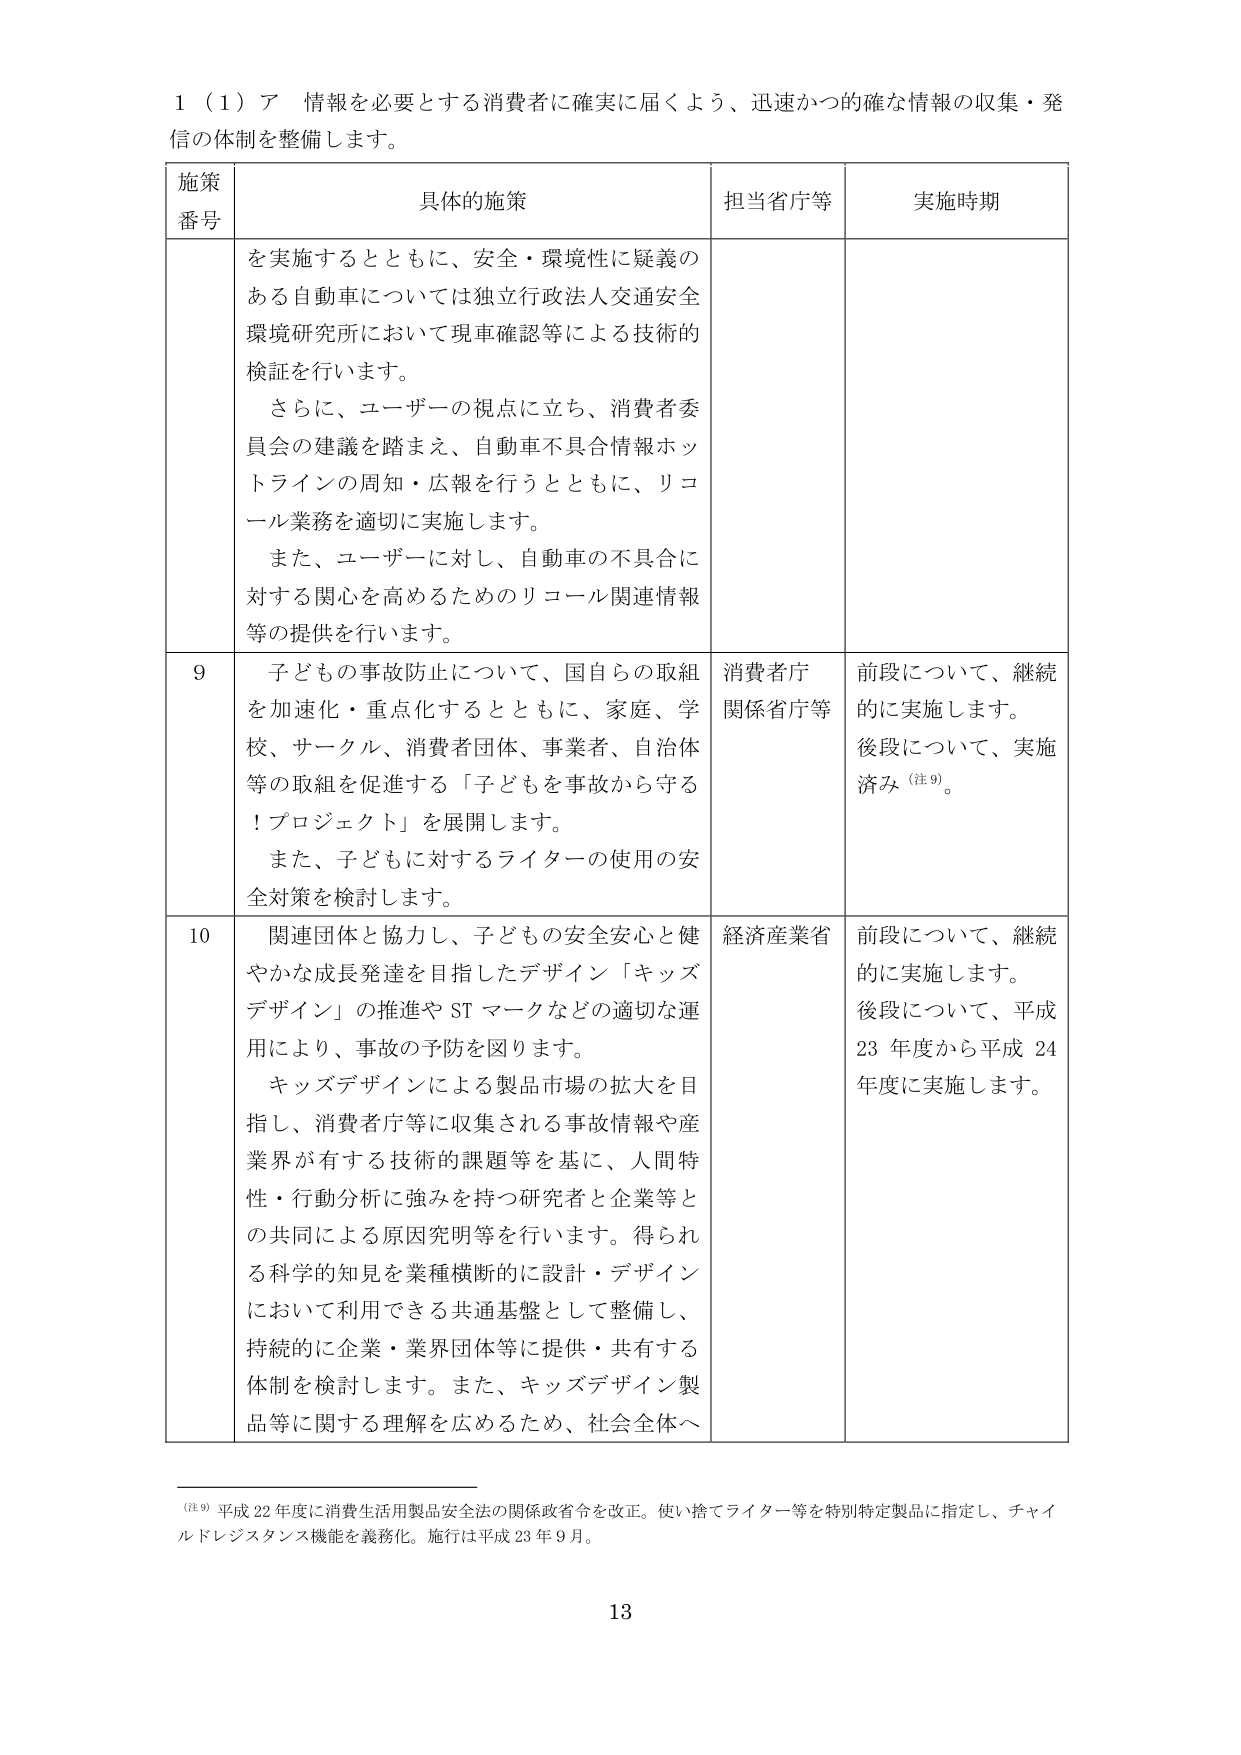
1（1）ア 情報を必要とする消費者に確実に届くよう、迅速かつ的確な情報の収集・発信の体制を整備します。

施策番号 具体的施策 担当省庁等 実施時期

を実施するとともに、安全・環境性に疑義のある自動車については独立行政法人交通安全環境研究所において現車確認等による技術的検証を行います。
さらに、ユーザーの視点に立ち、消費者委員会の建議を踏まえ、自動車不具合情報ホットラインの周知・広報を行うとともに、リコール業務を適切に実施します。
また、ユーザーに対し、自動車の不具合に対する関心を高めるためのリコール関連情報等の提供を行います。

9 子どもの事故防止について、国自らの取組を加速化・重点化するとともに、家庭、学校、サークル、消費者団体、事業者、自治体等の取組を促進する「子どもを事故から守る！プロジェクト」を展開します。
また、子どもに対するライターの使用の安全対策を検討します。 消費者庁関係省庁等 前段について、継続的に実施します。
後段について、実施済み（注9）。

10 関連団体と協力し、子どもの安全安心と健やかな成長発達を目指したデザイン「キッズデザイン」の推進やSTマークなどの適切な運用により、事故の予防を図ります。
キッズデザインによる製品市場の拡大を目指し、消費者庁等に収集される事故情報や産業界が有する技術的課題等を基に、人間特性・行動分析に強みを持つ研究者と企業等との共同による原因究明等を行います。得られる科学的知見を業種横断的に設計・デザインにおいて利用できる共通基盤として整備し、持続的に企業・業界団体等に提供・共有する体制を検討します。また、キッズデザイン製品等に関する理解を広めるため、社会全体へ 経済産業省 前段について、継続的に実施します。
後段について、平成23年度から平成24年度に実施します。

（注9）平成22年度に消費生活用製品安全法の関係政省令を改正。使い捨てライター等を特別特定製品に指定し、チャイルドレジスタンス機能を義務化。施行は平成23年9月。

13